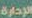
الإدارة